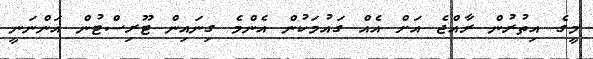
މީގެ އިތުރުން ރާއްޖެ އަށް އެއް ގައުމަކުން އެންމެ ގިނައިން ޓޫރިސްޓުން އަންނަނީ